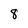
Character: 8